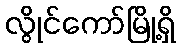
လွိုင်ကော်မြို့ရှိ